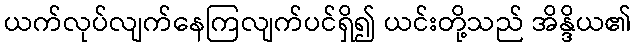
ယက်လုပ်လျက်နေကြလျက်ပင်ရှိ၍ ယင်းတို့သည် အိန္ဒိယ၏